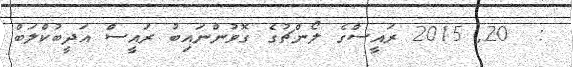
:  20